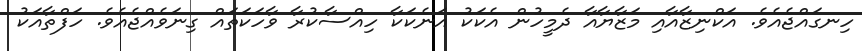
ހިނގައްޖެއެވެ. އަކްނިޒާއާއި މަޒާޔާއާ ދެމީހުން އެކަކު އަނެކަކާ ހިއްސާކުރާ ވާހަކަތައް ގިނަވެއްޖެއެވެ. ހަފްތާއަކު